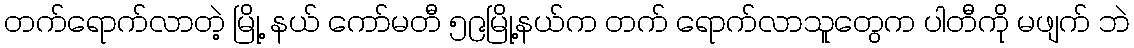
တက်ရောက်လာတဲ့ မြို့ နယ် ကော်မတီ ၅၉မြို့နယ်က တက် ရောက်လာသူတွေက ပါတီကို မဖျက် ဘဲ